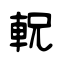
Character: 軦